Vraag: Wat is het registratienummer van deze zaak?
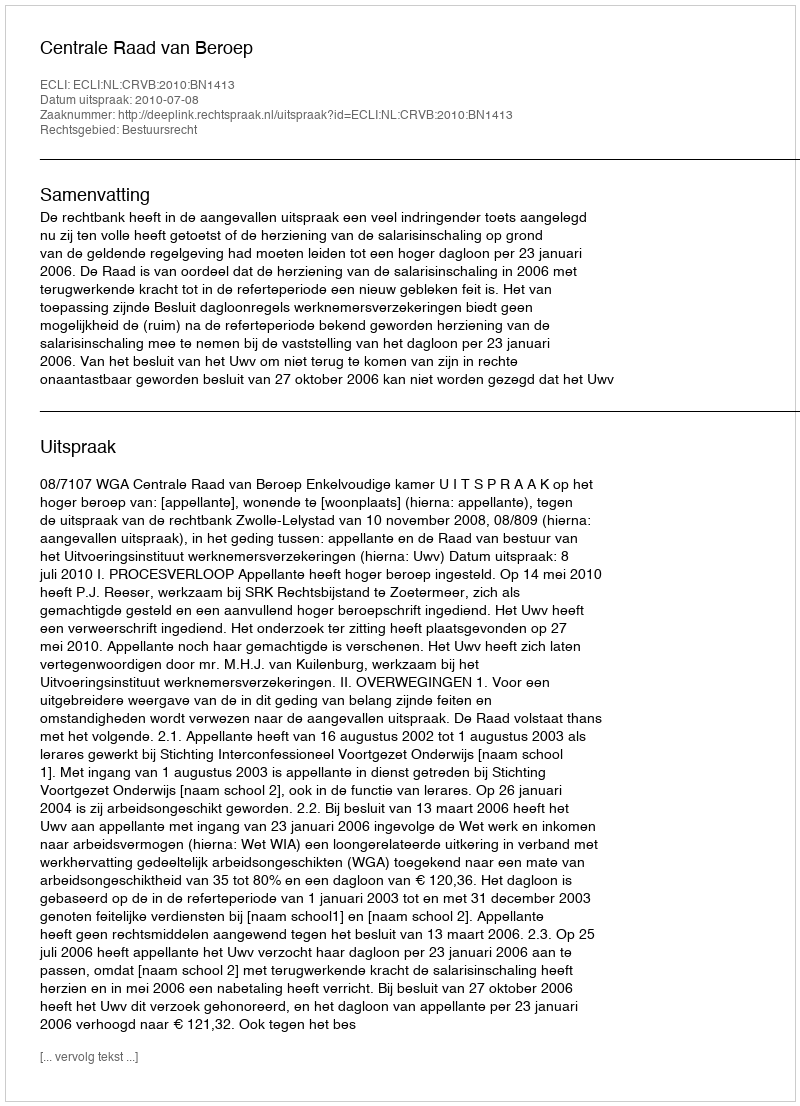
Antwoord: http://deeplink.rechtspraak.nl/uitspraak?id=ECLI:NL:CRVB:2010:BN1413